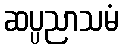
ဆပ္ပညာသမံ